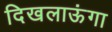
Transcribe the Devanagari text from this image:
दिखलाऊंगा